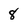
Character: 8